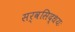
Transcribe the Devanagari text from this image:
सर्वसिद्धयः